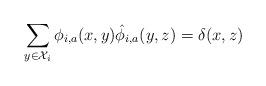
LaTeX: \begin{align*}\sum_{y\in\mathcal{X}_i} \phi_{i,a}(x, y)\hat{\phi}_{i,a}(y, z) = \delta(x,z)\end{align*}